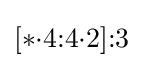
[*{\cdot }4{:}4{\cdot }2]{:}3